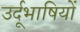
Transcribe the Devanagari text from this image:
उर्दूभाषियों